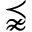
\precnapprox